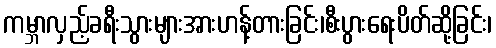
ကမ္ဘာလှည့်ခရီးသွားများအားဟန့်တားခြင်း၊စီးပွားရေးပိတ်ဆို့ခြင်း၊